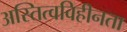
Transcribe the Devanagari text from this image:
अस्तित्वविहीनता